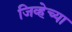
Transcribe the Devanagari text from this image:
जिव्हेच्या